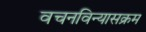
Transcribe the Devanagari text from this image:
वचनविन्यासक्रम